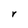
Character: r